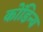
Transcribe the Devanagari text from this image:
कोंडिन्य